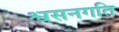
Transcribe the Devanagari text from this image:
श्वसनगति